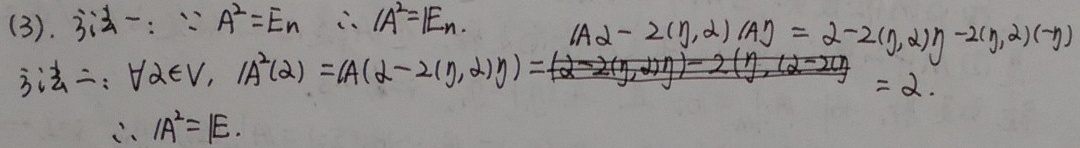
(3). 证法一：$\because A^{2}=E_{n}$ $\therefore |A^{2}| = |E_{n}|.$
证法二：$\forall \alpha\in V,  A^{2}(\alpha)=A(\alpha - 2(\eta,\alpha)\eta)=\alpha - 2(\eta,\alpha)\eta-2(\eta,\alpha - 2\eta  =\alpha.$
$\therefore A^{2}= E.$